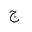
Letter: _gim